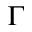
\Gamma